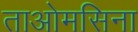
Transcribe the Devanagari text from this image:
ताओमसिना